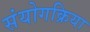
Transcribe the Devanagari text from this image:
संयोगक्रिया